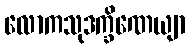
လောကသုဒက္ခိဏေယျာ